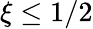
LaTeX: \xi\leq 1/2